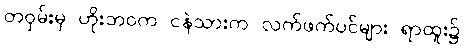
တဝှမ်းမှ ဟိုးဘဝက ငနဲသားက လက်ဖက်ပင်များ ရာထူး၌